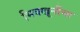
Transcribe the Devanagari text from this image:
भिक्खूनींचा